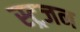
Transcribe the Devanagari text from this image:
स्ट्रजन